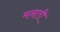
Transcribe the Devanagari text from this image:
मनती